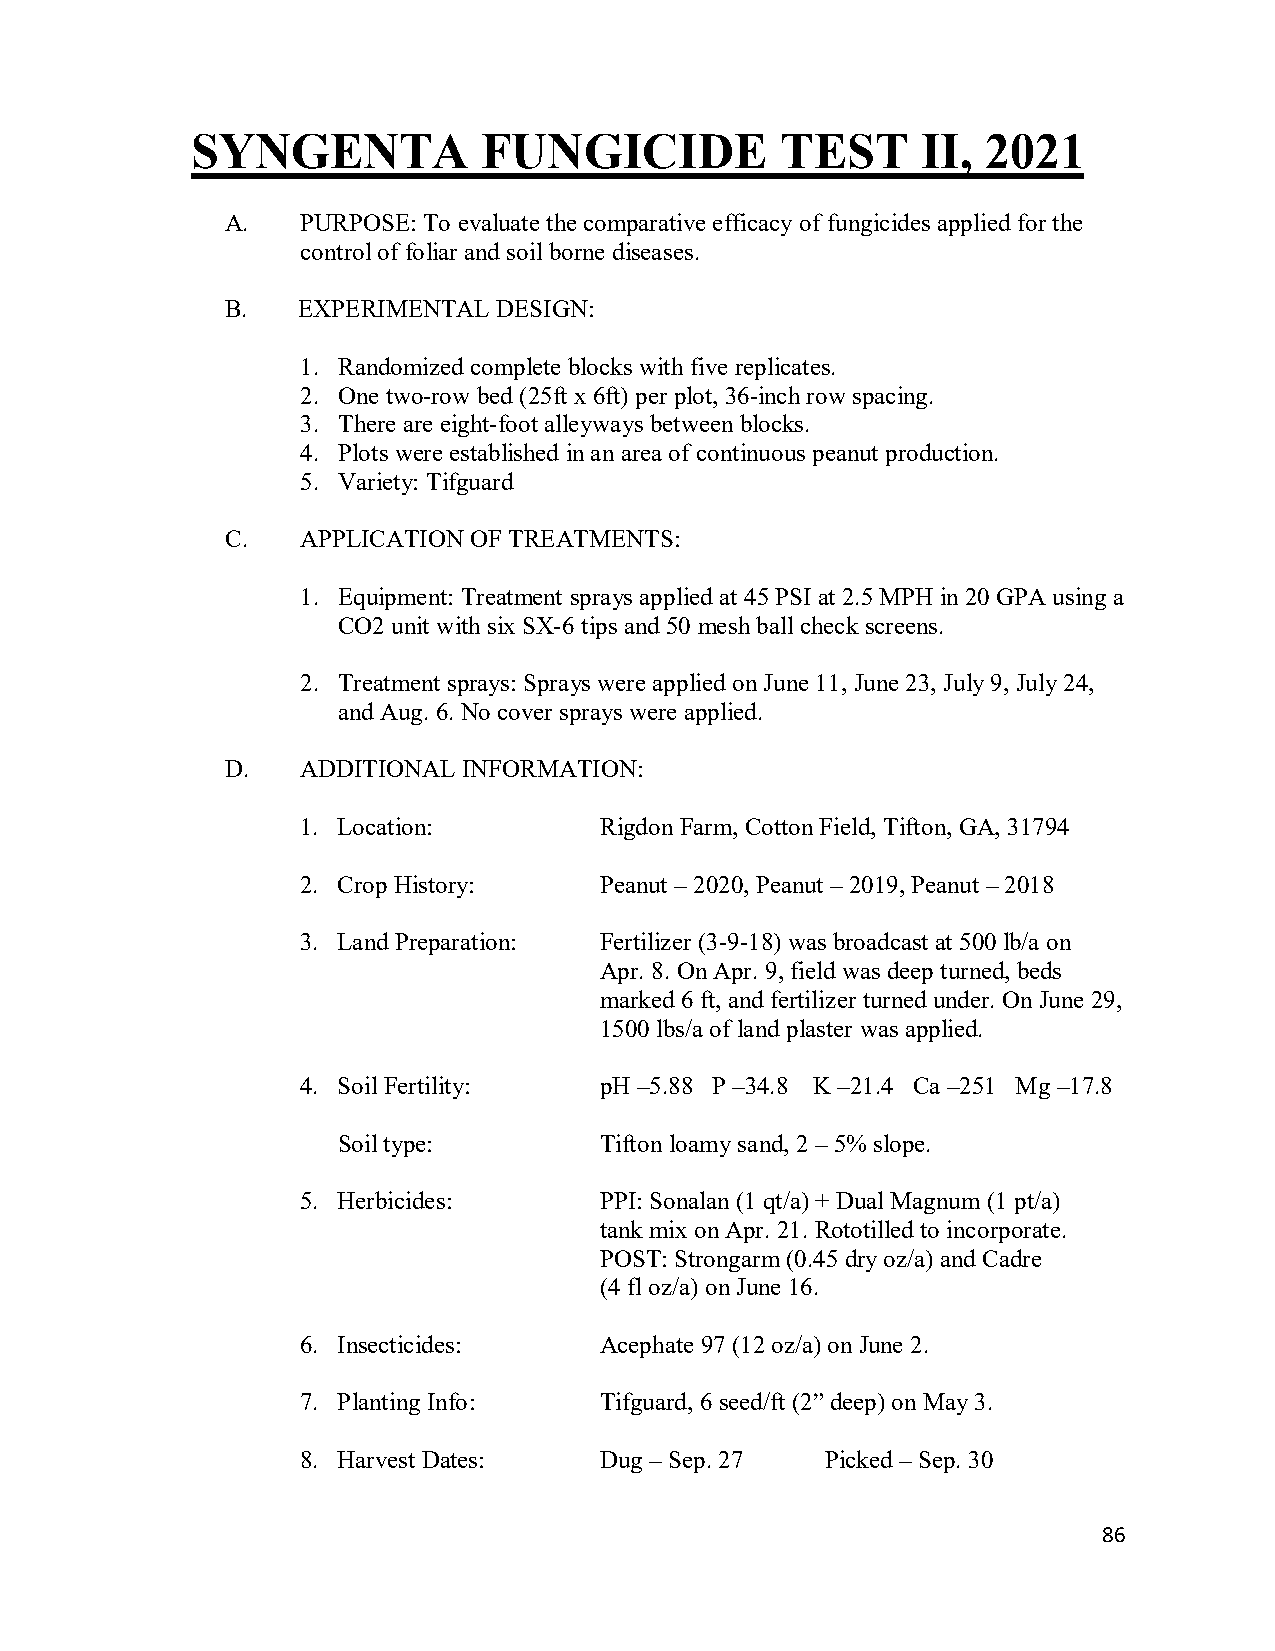
SYNGENTA           FUNGICIDE           TEST     II, 2021
 A.   PURPOSE: To evaluate the comparative efficacy of fungicides applied for the
 control of foliar and soil borne diseases.
 B.   EXPERIMENTAL DESIGN:
 1. Randomized complete blocks with five replicates.
 2. One two-row bed (25ft x 6ft) per plot, 36-inch row spacing.
 3. There are eight-foot alleyways between blocks.
 4. Plots were established in an area of continuous peanut production.
 5. Variety: Tifguard
 C.   APPLICATION OF TREATMENTS:
 1. Equipment: Treatment sprays applied at 45 PSI at 2.5 MPH in 20 GPA using a
 CO2 unit with six SX-6 tips and 50 mesh ball check screens.
 2. Treatment sprays: Sprays were applied on June 11, June 23, July 9, July 24,
 and Aug. 6. No cover sprays were applied.
 D.   ADDITIONAL INFORMATION:
 1. Location:        Rigdon Farm, Cotton Field, Tifton, GA, 31794
 2. Crop History:    Peanut – 2020, Peanut – 2019, Peanut – 2018
 3. Land Preparation: Fertilizer (3-9-18) was broadcast at 500 lb/a on
 Apr. 8. On Apr. 9, field was deep turned, beds
 marked 6 ft, and fertilizer turned under. On June 29,
 1500 lbs/a of land plaster was applied.
 4. Soil Fertility:  pH –5.88 P –34.8 K –21.4 Ca –251 Mg –17.8
 Soil type:        Tifton loamy sand, 2 – 5% slope.
 5. Herbicides:      PPI: Sonalan (1 qt/a) + Dual Magnum (1 pt/a)
 tank mix on Apr. 21. Rototilled to incorporate.
 POST: Strongarm (0.45 dry oz/a) and Cadre
 (4 fl oz/a) on June 16.
 6. Insecticides:    Acephate 97 (12 oz/a) on June 2.
 7. Planting Info:   Tifguard, 6 seed/ft (2” deep) on May 3.
 8. Harvest Dates:   Dug – Sep. 27  Picked – Sep. 30
 86